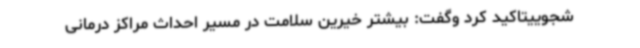
شجوییتاکید کرد وگفت: بیشتر خیرین سلامت در مسیر احداث مراکز درمانی